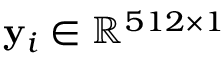
\mathbf { y } _ { i } \in \mathbb { R } ^ { 5 1 2 \times 1 }